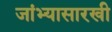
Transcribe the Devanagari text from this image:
जांभ्यासारखी